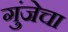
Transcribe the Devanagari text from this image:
गुंजेचा